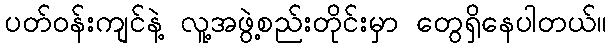
ပတ်ဝန်းကျင်နဲ့ လူ့အဖွဲ့စည်းတိုင်းမှာ တွေရှိနေပါတယ်။